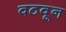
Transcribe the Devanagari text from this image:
वठवून